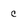
Character: c